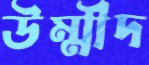
উম্মীদ